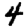
Digit: 4